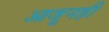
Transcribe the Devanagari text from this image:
आजूनही